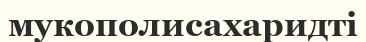
мукополисахаридті